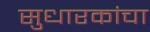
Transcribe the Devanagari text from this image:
सुधारकांचा